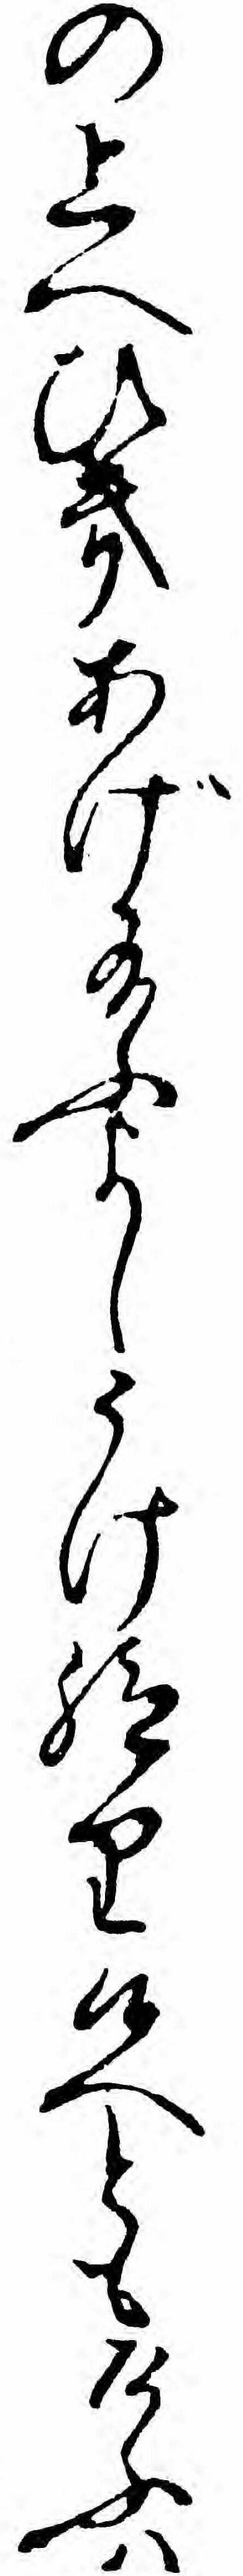
の上へひきあげ給ふよしうけ給り候へともけふハ